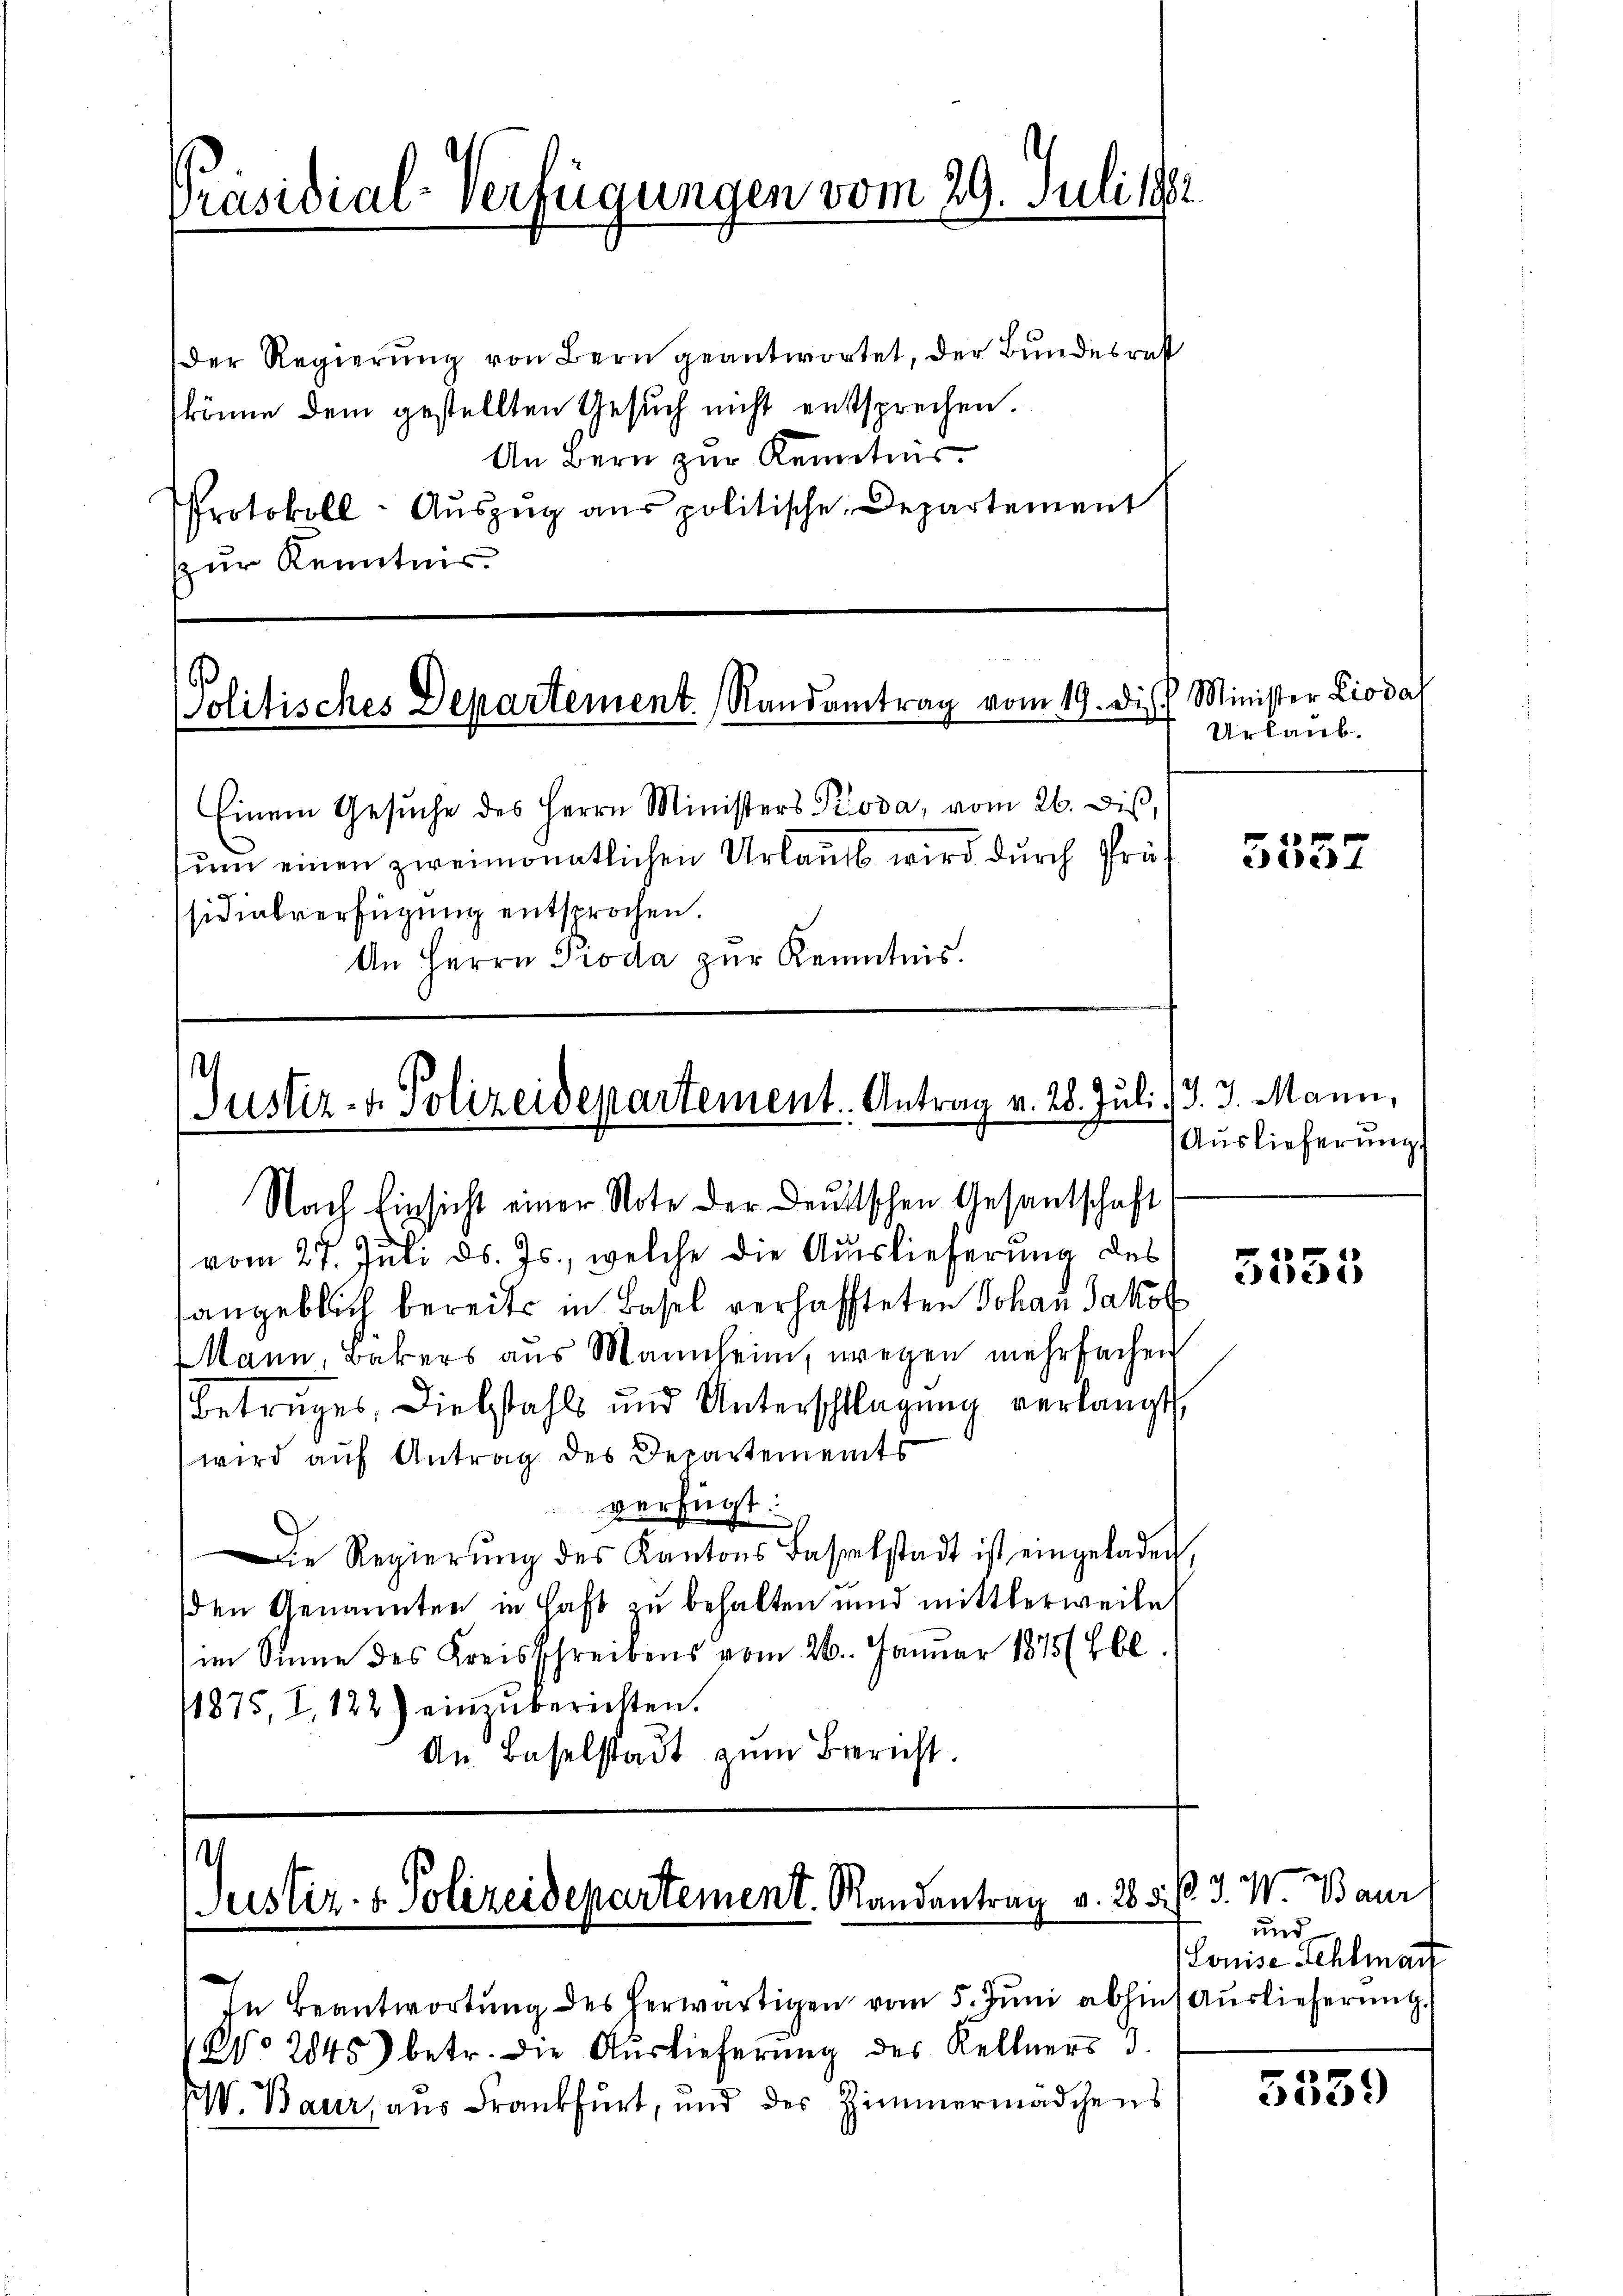
Präsidial-Verfügungen vom 29. Juli 1882

Der Regierung von Bern geantwortet, der Bundesrat
könne dem gestellten Gesuch nicht entsprechen.
An Bern zur Kenntnis.
Protokoll- Aŭszŭg aŭs politische Departement
zur Kenntnis.

olitisches Departement. Randantrag vom 19. dis Minister Liodal

Einem Gesŭche des Herrn Ministers Pioda, vom 26. Dis,
um einen zweimonatlichen Urlaub wird durch Prüf
sidialverfügung entsprochen.
An Herrn Proda zur Kenntnis.

.
Justiz- & Polizeidepartement. Antrag v. 28. Juli 1) J. J. Mann,

Nach Einsicht einer Note der Deutschen Gesantschaft
vom 27. Juli d. Js., welche die Auslieferung des
angeblich bereits in Basel verhaffteten Johan Jakob
Mann, Bakers aus Mannheim, wegen mehrfachen
Betruges, Diebstahls und Unterschlagung verlangt,
wird auf Antrag des Departements
verfügt:
Die Regierŭng des Kantons Basselstadt ist eingeladen,
den Genannten in Haft zu behalten und mittlerweile
im Sinne des Kreisschreibens vom 26. Januar 1875 (860.
11875, I, 122) einzŭberichten.
An Baselstadt zum Bericht.

h
Justiz- & Polizeidepartement. Randantrag v. 28 d. J. W. Baur

In Beantwortŭng des herwärtigen vom 5. Jŭni abhin Auslieferung.
No 2845 betr. die Auslieferung des Kellners 3.
IV. Baur, aus Frankfurt, und der Zimmermädchens

Urlaub.

5552

Auslieferung.

5555

und
Louise Sehlmart

5539